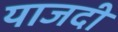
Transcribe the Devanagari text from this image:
याजदी